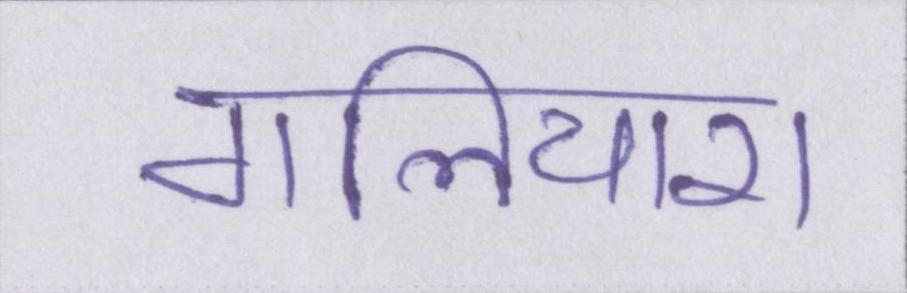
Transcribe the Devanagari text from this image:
गलियारा